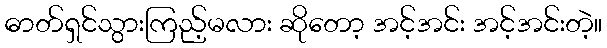
ဓာတ်ရှင်သွားကြည့်မလား ဆိုတော့ အင့်အင်း အင့်အင်းတဲ့။